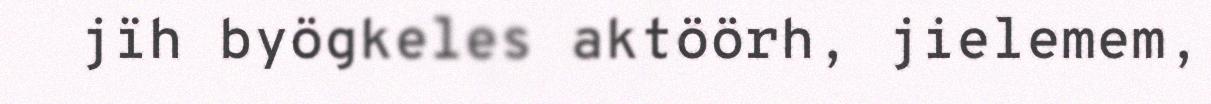
jïh byögkeles aktöörh, jielemem,